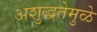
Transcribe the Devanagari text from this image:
अशुद्धतेमुळे